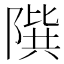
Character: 𨻘